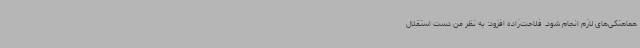
هماهنگی‌های لازم انجام شود. فلاحت‌زاده افزود: به نظر من دست استقلال